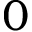
\boldsymbol 0